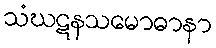
သံဃဋနသမောဓာနာ